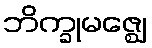
ဘိက္ခုမဇ္ဈေ